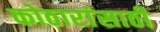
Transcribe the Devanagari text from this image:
कोठारांसाठी